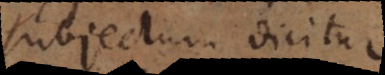
subjectum dicitur